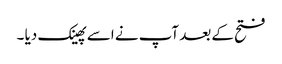
فتح کے بعد آپ نے اسے پھینک دیا ۔